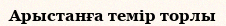
Арыстанға темір торлы